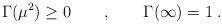
LaTeX: \begin{align*}\Gamma (\mu^2)\ge 0\qquad ,\qquad \Gamma (\infty)=1\; .\end{align*}